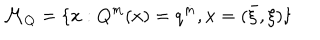
LaTeX: { \cal M } _ { Q } = \{ x : Q ^ { m } ( x ) = q ^ { m } , x = ( \bar { \xi } , \xi ) \}